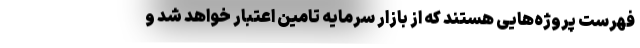
فهرست پروژه‌هایی هستند که از بازار سرمایه تامین اعتبار خواهد شد و